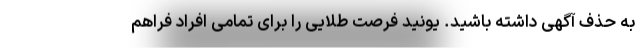
به حذف آگهی داشته باشید. یونید فرصت طلایی را برای تمامی افراد فراهم